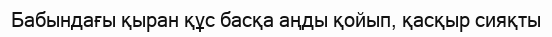
Бабындағы қыран құс басқа аңды қойып, қасқыр сияқты